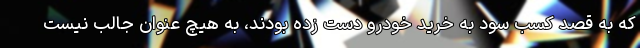
که به قصد کسب سود به خرید خودرو دست زده بودند، به هیچ عنوان جالب نیست